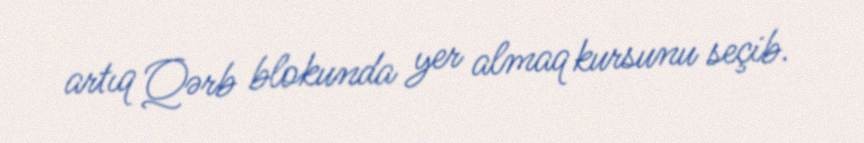
artıq Qərb blokunda yer almaq kursunu seçib.